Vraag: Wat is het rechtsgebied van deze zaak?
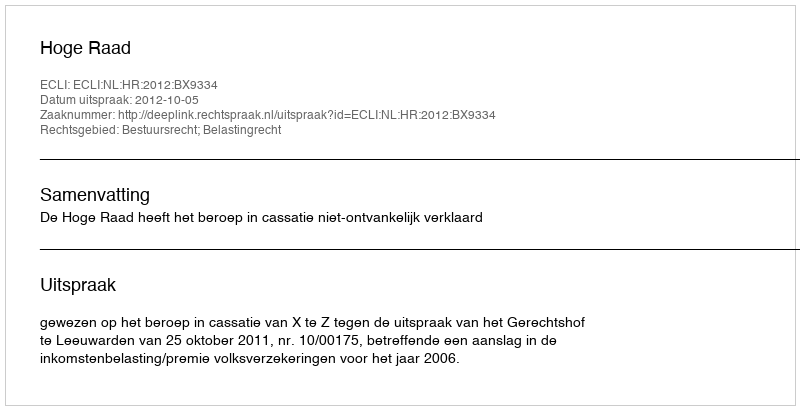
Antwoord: Bestuursrecht; Belastingrecht